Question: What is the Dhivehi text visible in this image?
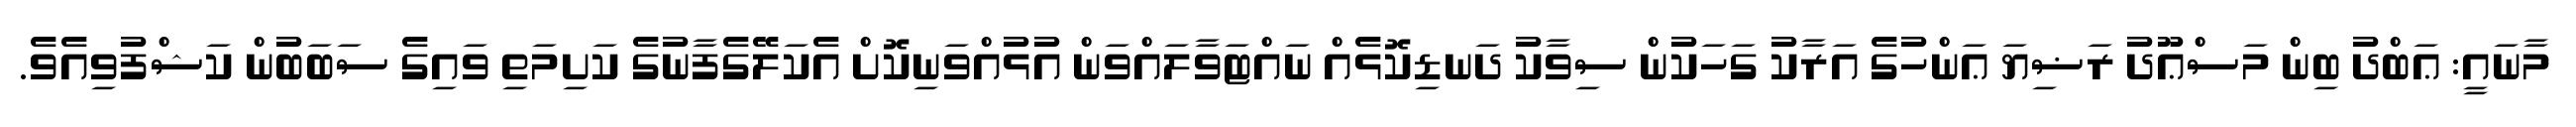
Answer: މާނައީ: ޢަބްދު ބިން މަސްޢޫދު ރަޟިޔަ ޢަންހުގެ އަރާކު ގަހަކުން ސިވާކު ދަނޑިކޮޅެއް ނައްޓަވާލައްވަން އުޅުއްވަނިކޮށް އެކަލޭގެފާނުގެ ކަށިމަތި ވައިގެ ސަބަބުން ކަޝްފުވިއެވެ.